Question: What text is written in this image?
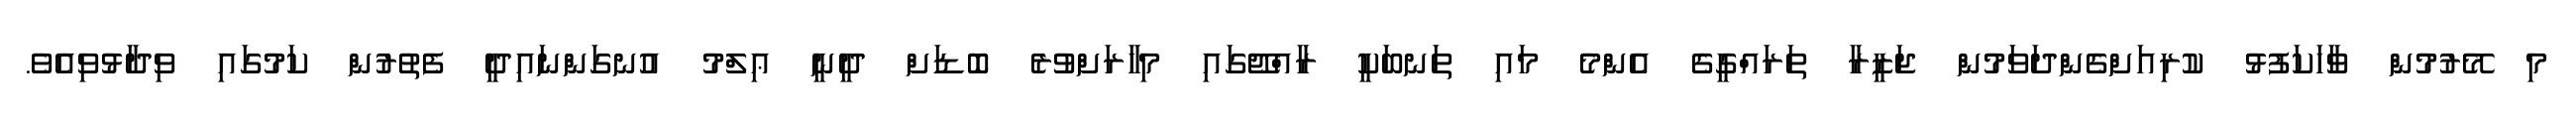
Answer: މި މޭރުމުން ވާހަކަފުޅު ކުރިއަށްގެންދަވަމުން ޖަޒީރާ ތަރައްގީގެ އެންމެ މައި ތަނބަކީ ރާއްޖޭގައި މިހާރަށްވުރެ ބޮޑަށް ދީނީ ޢިލްމު އުނގަންނައިދީ ފެތުރުން ކަމުގައި ވިދާޅުވިއެވެ.